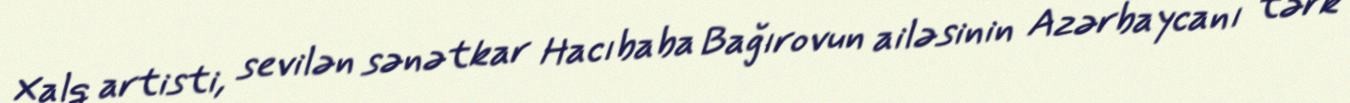
Xalq artisti, sevilən sənətkar Hacıbaba Bağırovun ailəsinin Azərbaycanı tərk